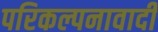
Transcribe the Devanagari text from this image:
परिकल्पनावादी